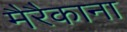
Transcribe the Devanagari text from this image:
मैरैकाना